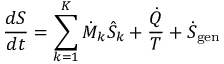
{ \frac { d S } { d t } } = \sum _ { k = 1 } ^ { K } { \dot { M } } _ { k } { \hat { S } } _ { k } + { \frac { \dot { Q } } { T } } + { \dot { S } } _ { \mathrm { g e n } }